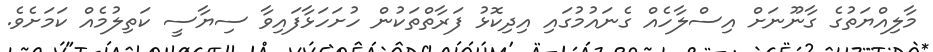
މާލިއްޔަތުގެ ގާނޫނަށް އިސްލާހެއް ގެނައުމުގައި އިދިކޮޅު ފަރާތްތަކުން ހުށަހަޅާފައިވާ ސިޔާސީ ކަތިލުމެއް ކަމަށެވެ.